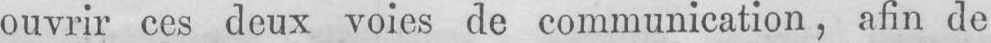
ouvrir ces deux voies de communication, afin de